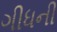
ગીધની